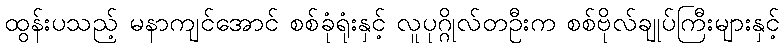
ထွန်းပသည့် မနာကျင်အောင် စစ်ခုံရုံးနှင့် လူပုဂ္ဂိုလ်တဦးက စစ်ဗိုလ်ချုပ်ကြီးများနှင့်